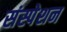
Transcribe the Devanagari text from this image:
संस्पेशन